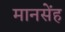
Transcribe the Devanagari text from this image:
मानसेंह